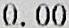
0.00